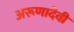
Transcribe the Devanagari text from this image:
अरूणादेवी